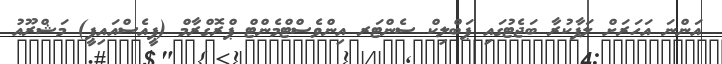
އަންނަ އަހަރަށް ލަފާކުރާ ބަޖެޓުގައި ޕަބްލިކް ސެންޓަރ އިންވެސްޓްމެންޓް ޕްރޮގްރާމް (ޕީއެސްއައިޕީ) މަޝްރޫއު